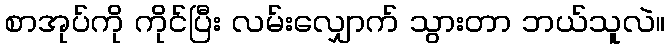
စာအုပ်ကို ကိုင်ပြီး လမ်းလျှောက် သွားတာ ဘယ်သူလဲ။